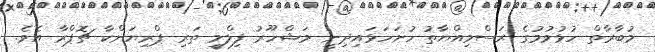
މުބާރާތް ހުޅުވުމުގެ ރަސްމިއްޔާތު ހުށަހަޅައިދިނީ މަޝްހޫރު ފިލްމީ ތަރި ޕްރިޔަންކާ ޗޮޕްރާ އެވެ.